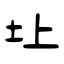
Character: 圵